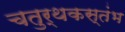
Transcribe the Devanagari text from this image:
चतुर्थकस्तंभ